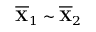
\overline { { \mathbf { X } } } _ { 1 } \sim \overline { { \mathbf { X } } } _ { 2 }